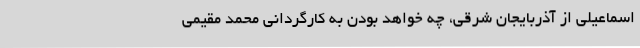
اسماعیلی از آذربایجان شرقی، چه خواهد بودن به کارگردانی محمد مقیمی